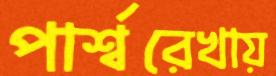
পার্শ্বরেখায়